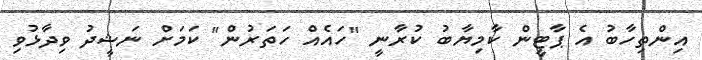
އިންތިހާބު އެ ޕާޓީން ކާމިޔާބު ކުރާނީ "ހައެއް ހަތަރުން" ކަމަށް ނަޝީދު ވިދާޅުވި